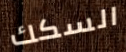
السكك